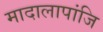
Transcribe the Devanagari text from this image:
मादालापांजि